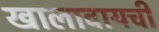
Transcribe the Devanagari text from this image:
खालावायची